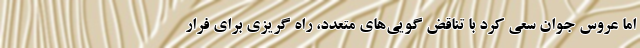
اما عروس جوان سعی کرد با تناقض گویی‌های متعدد، راه گریزی برای فرار